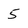
Character: 5